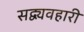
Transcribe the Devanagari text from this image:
सद्व्यवहारी